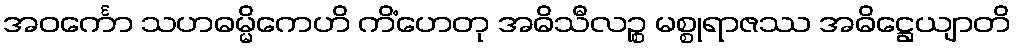
အဝင်္ကော သဟဓမ္မိကေဟိ ကိံဟေတု အဓိသီလဉ္စ မစ္စုရာဇဿ အဓိဋ္ဌေယျာတိ